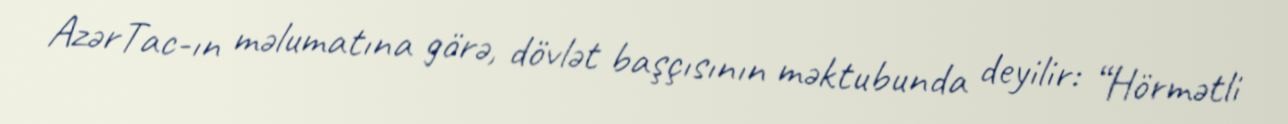
AzərTac-ın məlumatına görə, dövlət başçısının məktubunda deyilir: “Hörmətli